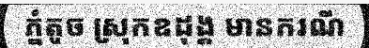
ភ្នំតូច ស្រុកឧដុង្គ មានករណី